Civil Veterinary Department. United Provinces 1932-42 - 1932-1942
Year: 1932
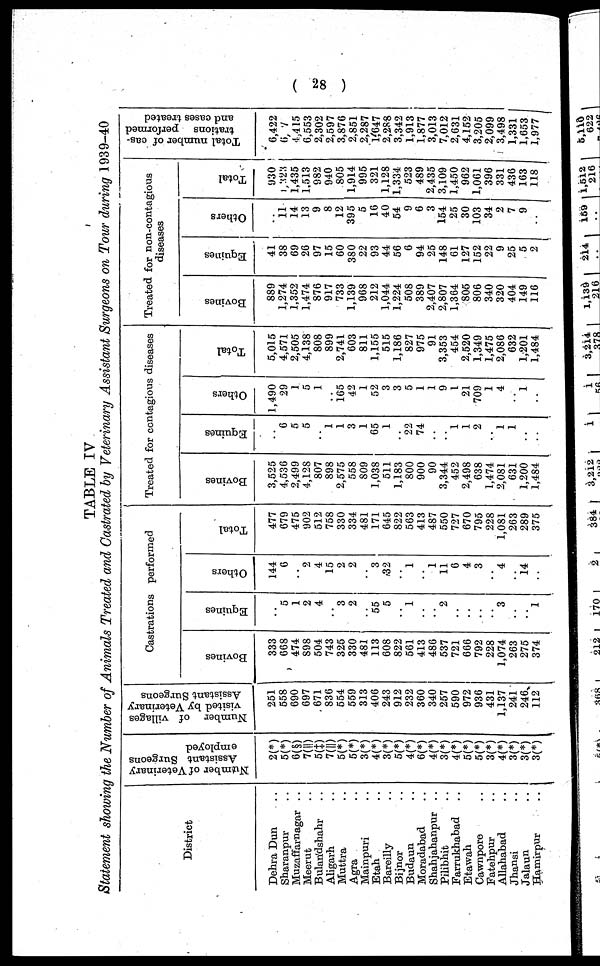
( 28 )
TABLE IV
Statement showing the Number of Animals Treated and Castrated by Veterinary Assistant Surgeons on Tour during 1939-40
District
Dehra Dun ..
Sharanpur ..
Muzaffarnagar ..
Meerut ..
Bulandshahr ..
Aligarh ..
Muttra ..
Agra ..
Mainpuri
Etah ..
Bareilly ..
Bijnor ..
Budaun ..
Moradabad ..
Shahjahanpur ..
Pilibhit ..
Farrukhabad ..
Etawah ..
Cawnpore ..
Fatehpur ..
Allahabad ..
Jhansi ..
Jalaun ..
Hamirpur ..
Number
of Veterinary
Assistant Surgeons
employed
2(*)
5(*)
6(§)
7(||)
5(‡)
7(||)
5(*)
5(*)
3(*)
4(*)
3(*)
5(*)
4(*)
6(*)
4(*)
3(*)
4(*)
5(*)
5(*)
3(*)
4(*)
3(*)
3(*)
3(*)
Number of villages
visited by Veterinary
Assistant Surgeons
251
558
690
697
671
836
554
559
313
406
243
912
232
360
340
257
590
972
936
431
1,137
241
246
112
Castrations performed
Bovines
333
668
474
898
504
743
325
330
481
113
608
822
561
413
486
537
721
666
792
228
1,074
263
275
374
Equines
..
5
1
2
4
..
3
2
..
55
5
..
1
..
..
2
..
..
..
3
..
..
1
Others
144
6
..
2
4
15
2
2
..
3
32
..
1
..
1
11
6
4
3
..
4
..
14
..
Total
477
679
475
902
512
758
330
334
481
171
645
822
563
413
487
550
727
670
795
228
1,081
263
289
375
Treated for contagious diseases
Bovines
3,525
4,536
2,499
4,128
807
898
2,575
558
809
1,038
511
1,183
800
900
90
3,344
452
2,498
638
1,474
2,081
631
1,200
1,484
Equines
..
6
5
5
..
1
1
3
1
65
1
..
22
74
..
..
1
1
2
..
1
1
..
..
Others
1,490
29
1
5
1
..
165
42
1
52
3
3
5
1
1
9
1
21
709
1
4
..
1
..
Total
5,015
4,571
2,505
4,138
808
899
2,741
603
811
1,155
515
1,186
827
975
91
3,353
454
2,520
1,349
1,475
2,086
632
1,201
1,484
Treated for non-contagious
diseases
Bovines
889
1,274
1,352
1,474
876
917
733
1,139
968
212
1,044
1,224
508
389
2,407
2,807
1,364
805
806
340
320
404
149
116
Equines
41
38
69
26
97
15
60
380
22
93
44
56
6
94
25
148
61
127
152
22
9
25
5
2
Others
..
11
14
13
9
8
12
395
5
16
40
54
9
6
3
154
25
30
103
34
2
7
9
..
Total
930
1,323
1,435
1,513
982
940
805
1,914
995
321
1,128
1,334
523
489
2,435
3,109
1,450
962
1,061
396
331
436
163
118
Total number of cas-
trations performed
and cases treated
6,422
6, 7
4,415
6,553
2,302
2,597
3,876
2,851
2,287
1,647
2,288
3,342
1,913
1,877
3,013
7,012
2,631
4,152
3,205
2,099
3,498
1,331
1,653
1,977